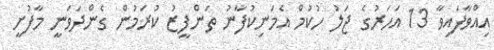
އިއްވާފައިވާ 13 އަހަރުގެ ޖަލު ހުކުމް އެމަނިކުފާނު ތަންފީޒު ކުރަމުން ގެންދަވަނީ މާފުށީ